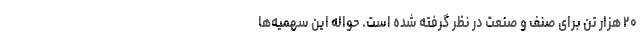
۲۰ هزار تن برای صنف و صنعت در نظر گرفته شده است. حواله این سهمیه‌ها